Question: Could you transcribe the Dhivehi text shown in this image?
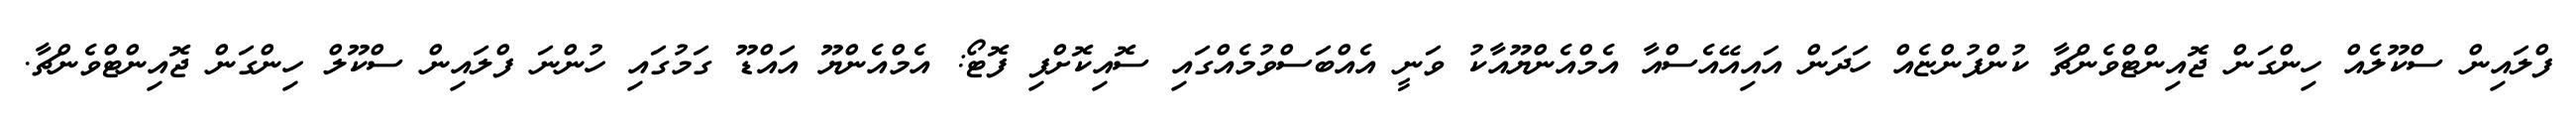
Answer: ފްލައިން ސްކޫލެއް ހިންގަން ޖޮއިންޓްވެންޗާ ކުންފުންޏެއް ހަދަން އައިއޭއެސްއާ އެމްއެންޔޫއާކު ވަނީ އެއްބަސްވުމެއްގައި ސޮއިކޮށްފި ފޮޓޯ: އެމްއެންޔޫ އައްޑޫ ގަމުގައި ހުންނަ ފްލައިން ސްކޫލް ހިންގަން ޖޮއިންޓްވެންޗާ.